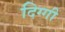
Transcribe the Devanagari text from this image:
दिग्गी